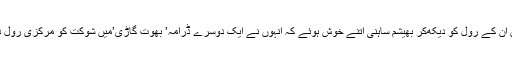
بعد میں ان کے رول کو دیکھ‌کر بھیشم ساہنی اتنے خوش ہوئے کہ انہوں نے ایک دوسرے ڈرامہ’ بھوت گاڑی’میں شوکت کو مرکزی رول دے دیا۔